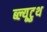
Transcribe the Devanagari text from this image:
ब्ल्यूटुथ